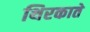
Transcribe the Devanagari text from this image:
थिरकाते